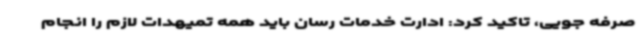
صرفه جویی، تاکید کرد: ادارت خدمات رسان باید همه تمیهدات لازم را انجام